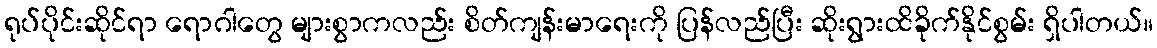
ရုပ်ပိုင်းဆိုင်ရာ ရောဂါတွေ များစွာကလည်း စိတ်ကျန်းမာရေးကို ပြန်လည်ပြီး ဆိုးရွားထိခိုက်နိုင်စွမ်း ရှိပါတယ်။